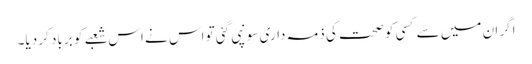
اگر ان میں سے کسی کو صحت کی ذمہ داری سونپی گئی تو اس نے اس شعبے کو برباد کر دیا۔